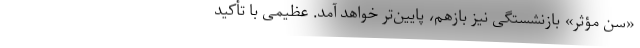
«سن مؤثر» بازنشستگی نیز بازهم، پایین‌تر خواهد آمد. عظیمی با تأکید